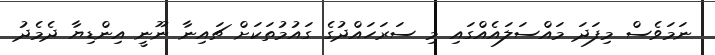
ނަމަވެސް މިފަދަ މައްސަލައެއްގައި މި ސަރަހައްދުގެ ގައުމުތަކަށް ޗައިނާ ނޫނީ އިންޑިޔާ ދެމެދު